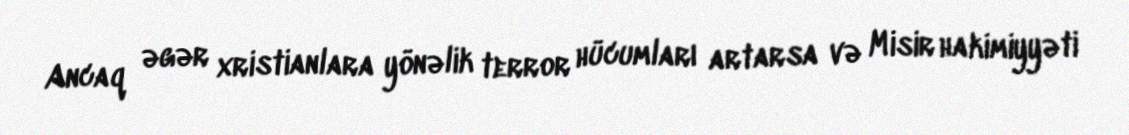
Ancaq əgər xristianlara yönəlik terror hücumları artarsa və Misir hakimiyyəti